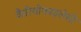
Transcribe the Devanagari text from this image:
कैरियोफाइलेसी